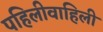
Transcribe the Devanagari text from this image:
पहिलीवाहिली